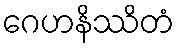
ဂေဟနိဿိတံ